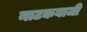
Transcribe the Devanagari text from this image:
नाटकबाजी